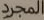
المجرد